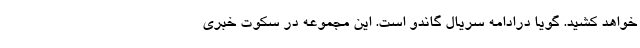
خواهد کشید. گویا درادامه سریال گاندو است. این مجموعه در سکوت خبری